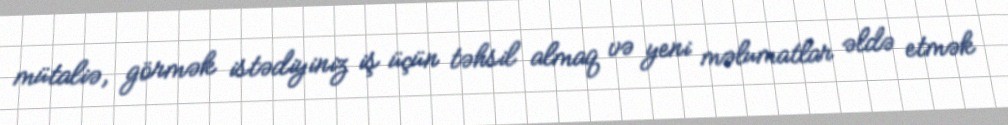
mütaliə, görmək istədiyiniz iş üçün təhsil almaq və yeni məlumatlar əldə etmək